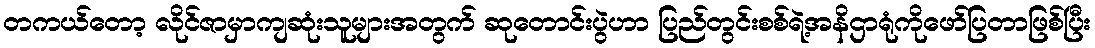
တကယ်တော့ လိုင်ဇာမှာကျဆုံးသူများအတွက် ဆုတောင်းပွဲဟာ ပြည်တွင်းစစ်ရဲ့အနိဌာရုံကိုဖော်ပြတာဖြစ်ပြီး